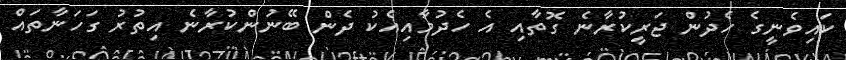
ކައިވެނީގެ ހެދުން ޖަރީކުރާނެ ގޮތާއި އެ ހެދުމާއިއެކު ދެން ބޭނުންކުރާނެ އިތުރު ގަހަނާތައް